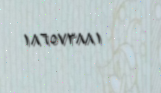
١٨٦٥٧٣٨٨١